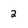
Character: 2